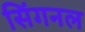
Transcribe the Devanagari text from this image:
सिंगनल